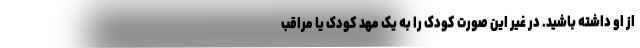
از او داشته باشید. در غیر این صورت کودک را به یک مهد کودک یا مراقب